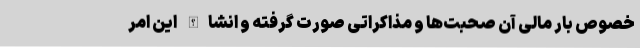
خصوص بار مالی آن صحبت‌ها و مذاکراتی صورت گرفته و انشاالله این امر